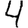
Digit: 4